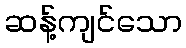
ဆန့်ကျင်သော